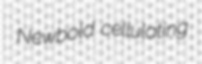
Newbold cellulating